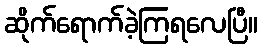
ဆိုက်ရောက်ခဲ့ကြရလေပြီ။